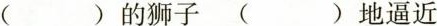
( )的狮子 ( )地逼近